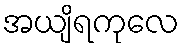
အယျိရကုလေ